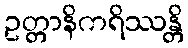
ဥတ္တာနိကရိဿန္တိ